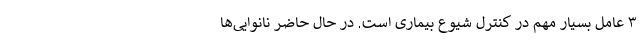
۳ عامل بسیار مهم در کنترل شیوع بیماری است. در حال حاضر نانوایی‌ها